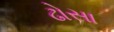
ઢોસા